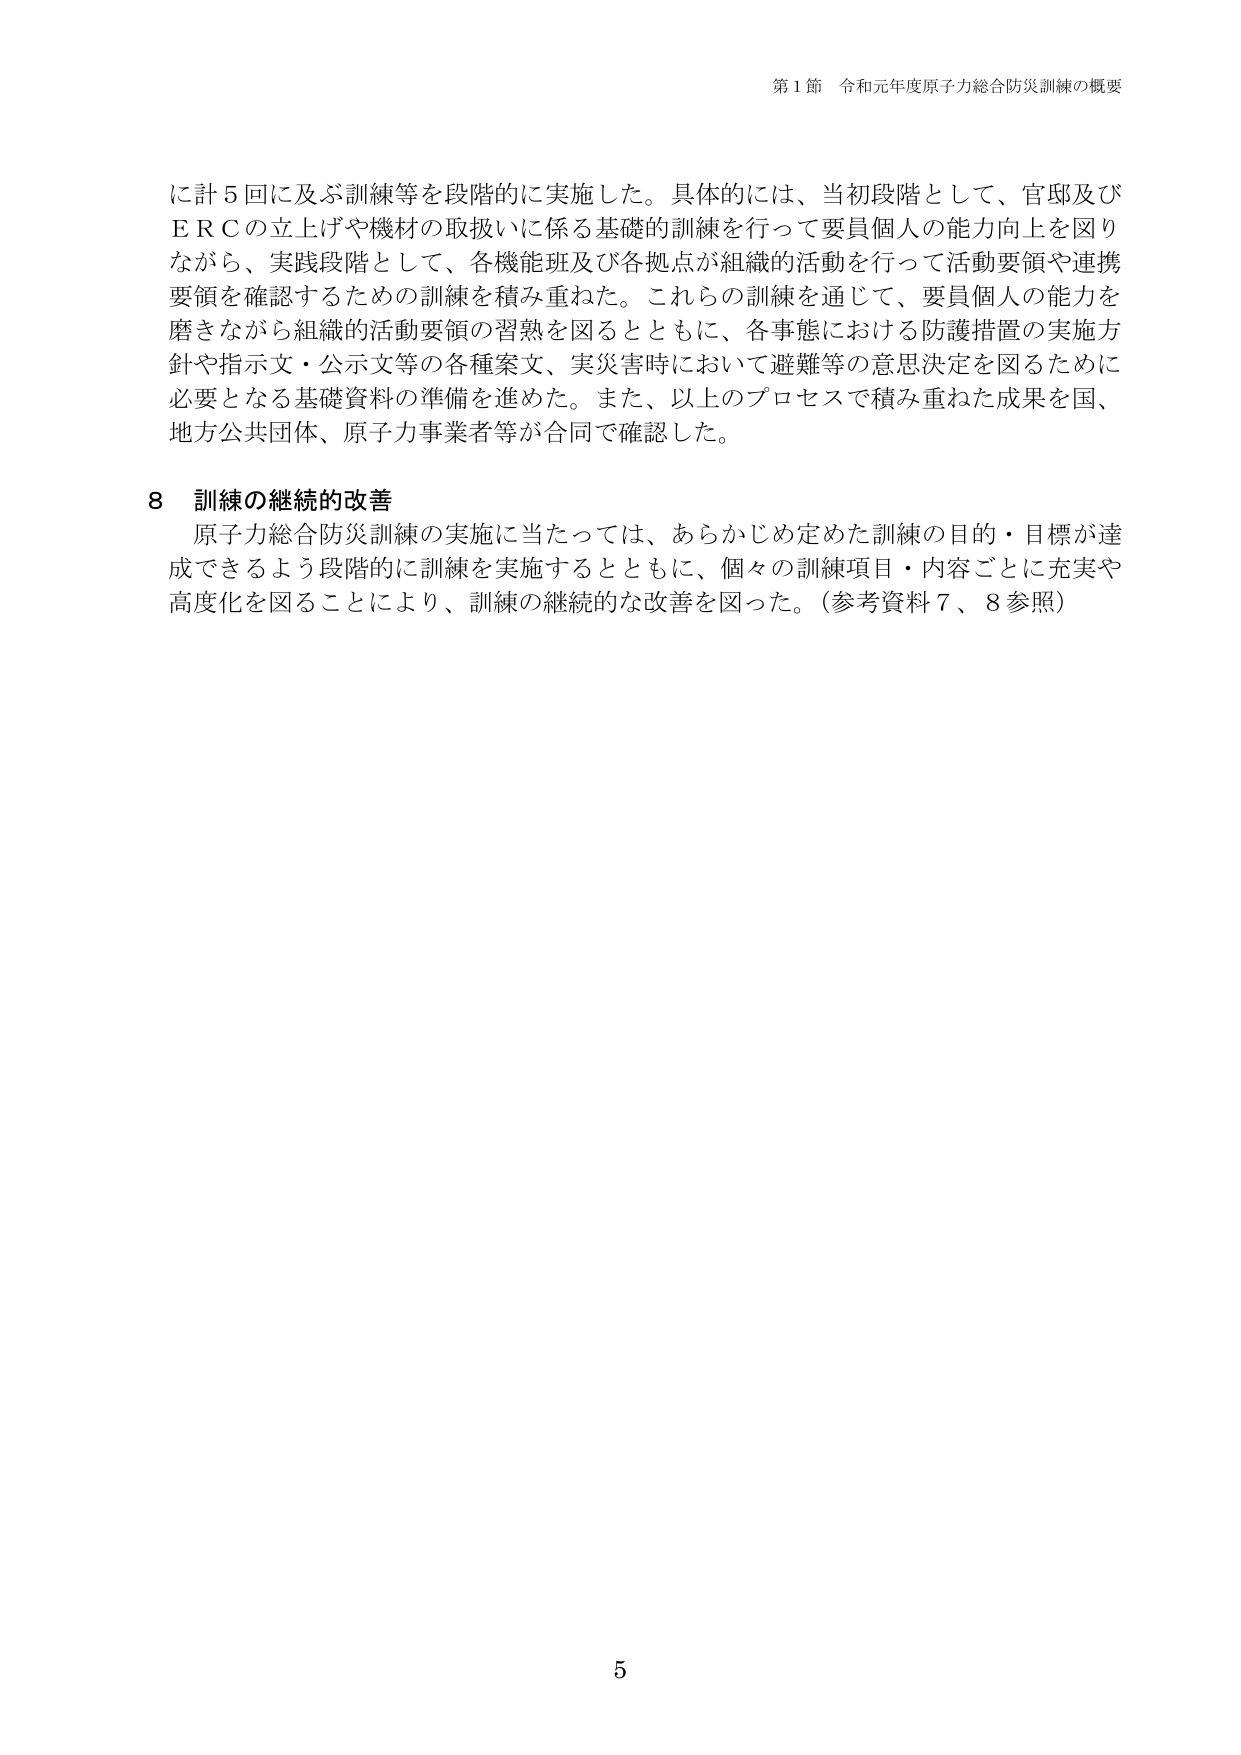
第１節 令和元年度原子力総合防災訓練の概要

に計５回に及ぶ訓練等を段階的に実施した。具体的には、当初段階として、官邸及びＥＲＣの立上げや機材の取扱いに係る基礎的訓練を行って要員個人の能力向上を図りながら、実践段階として、各機能班及び各拠点が組織的活動を行って活動要領や連携要領を確認するための訓練を積み重ねた。これらの訓練を通じて、要員個人の能力を磨きながら組織的活動要領の習熟を図るとともに、各事態における防護措置の実施方針や指示文・公示文等の各種案文、実災害時において避難等の意思決定を図るために必要となる基礎資料の準備を進めた。また、以上のプロセスで積み重ねた成果を国、地方公共団体、原子力事業者等が合同で確認した。

８ 訓練の継続的改善
原子力総合防災訓練の実施に当たっては、あらかじめ定めた訓練の目的・目標が達成できるよう段階的に訓練を実施するとともに、個々の訓練項目・内容ごとに充実や高度化を図ることにより、訓練の継続的な改善を図った。（参考資料７、８参照）

5